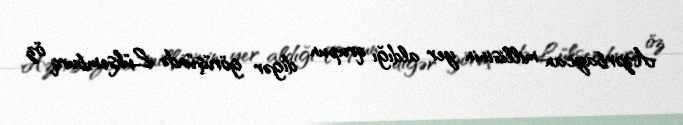
Azərbaycan millisinin yer aldığı qrupun digər görüşündə Lüksemburq öz